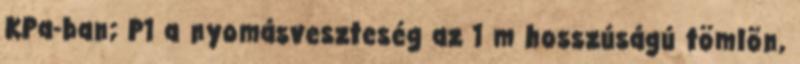
KPa-ban; P1 a nyomásveszteség az 1 m hosszúságú tömlõn,